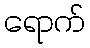
ရောက်